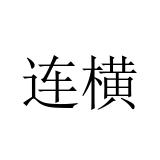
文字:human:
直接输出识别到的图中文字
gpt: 连横